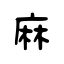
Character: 麻